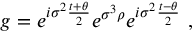
g = e ^ { i \sigma ^ { 2 } \frac { t + \theta } { 2 } } e ^ { \sigma ^ { 3 } \rho } e ^ { i \sigma ^ { 2 } \frac { t - \theta } { 2 } } ~ ,